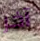
آخر